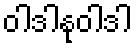
ဝါဒါနုဝါဒါ